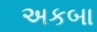
અકબા